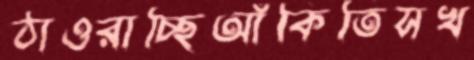
ঠাওরাচ্ছিআঁকিতিসখ